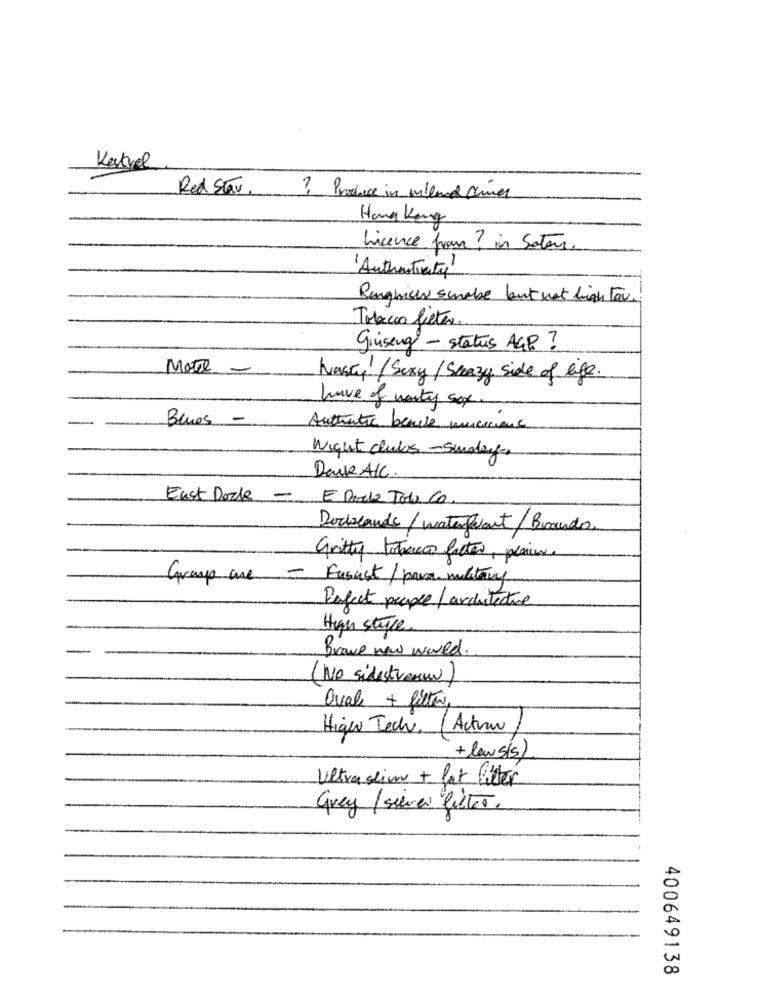
Kestvel
Red Stav
? Produce in mailand chines
Hong Kong
Licence fran? in Sotous.
'Authenticity'
Rengnich scale but not high Fav.
Tobacco filter.
Ginseng - status AGP ?
More -
Nasty / Sexy /Sleazy side of life.
have of warty sox.
Blues -
Auttutte bende musiciens
Night clubs -Sundeige
Dave AKC.
East Dock
-
E Porela Todo Co.
Docklands / waterfront/ Brando.
Gritty totracas factor, plains.
Group ane
- Fascist / para military
Perfect people/ ardutecture
High stype
Brave new world.
(No sidest veruw )
Ovale + filter,
Higer Tech, ( Actran
+ laws(s)
Ultra slim + fat liter
Grey /sivas filter.
400649138